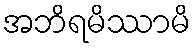
အဘိရမိဿာမိ